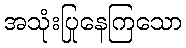
အသုံးပြုနေကြသော